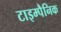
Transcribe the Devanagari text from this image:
टाइम्पैनिक